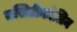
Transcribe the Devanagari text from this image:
एसिटीकोलिन